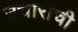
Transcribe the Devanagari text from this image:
उचारांची